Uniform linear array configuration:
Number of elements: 16
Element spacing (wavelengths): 0.5
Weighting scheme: hamming
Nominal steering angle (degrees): -15
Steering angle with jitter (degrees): -14.331
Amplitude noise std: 0.05
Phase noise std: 0.05

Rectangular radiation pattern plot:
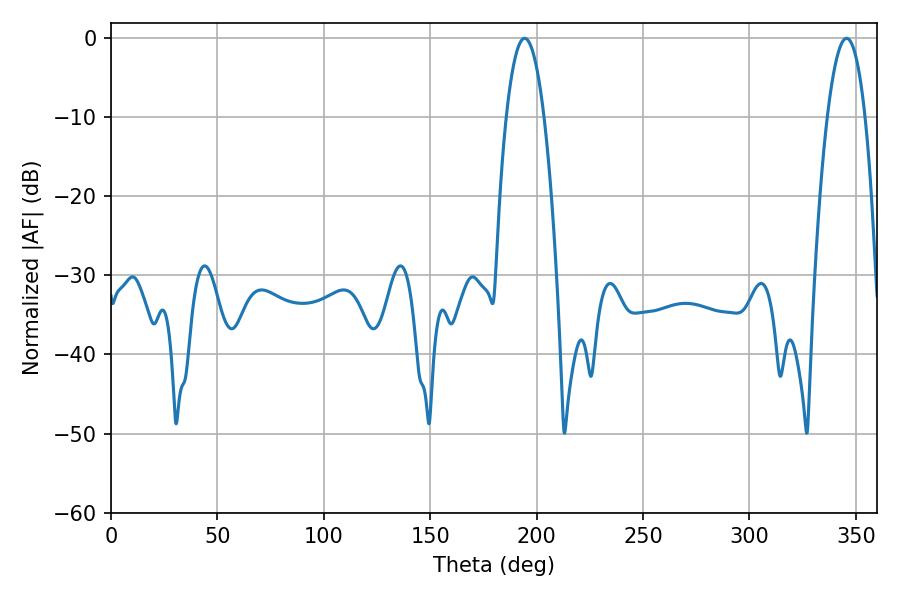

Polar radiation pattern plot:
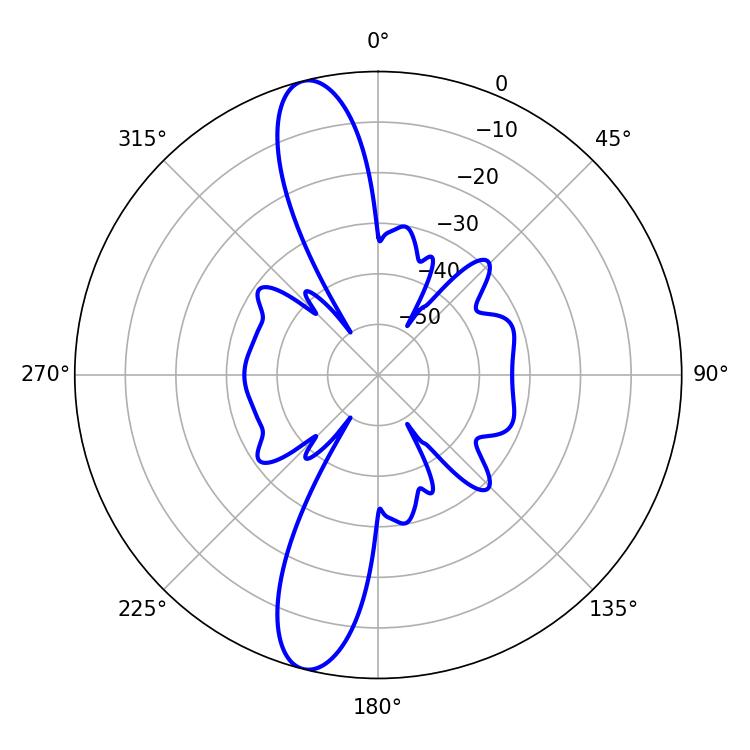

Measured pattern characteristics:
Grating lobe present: FALSE
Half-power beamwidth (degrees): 9.72
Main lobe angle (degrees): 194.4